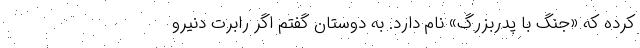
کرده که «جنگ با پدربزرگ» نام دارد. به دوستان گفتم اگر رابرت دنیرو